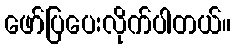
ဖော်ပြပေးလိုက်ပါတယ်။